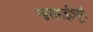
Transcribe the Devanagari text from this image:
नासमझीपूर्ण